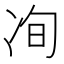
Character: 𰃽